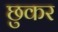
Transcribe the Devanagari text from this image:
छुकर